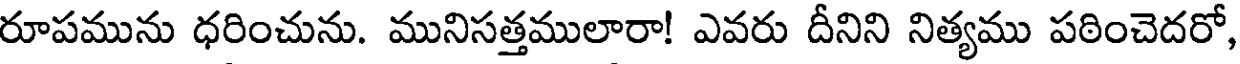
రూపమును ధరించును. మునిసత్తములారా! ఎవరు దీనిని నిత్యము పఠించెదరో,